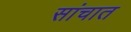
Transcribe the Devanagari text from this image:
सांचात